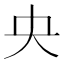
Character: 央